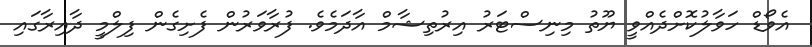
އެވޯޑް ހަވާލުކޮށްދެއްވީ ޔޫތު މިނިސްޓަރު އިރުތިޝާމް އާދަމެވެ. ފުރާވަރުން ފެށިގެން ފިލްމީ ދާއިރާގައި